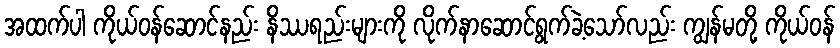
အထက်ပါ ကိုယ်ဝန်ဆောင်နည်း နိဿရည်းများကို လိုက်နာဆောင်ရွက်ခဲ့သော်လည်း ကျွန်မတို့ ကိုယ်ဝန်